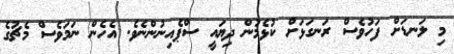
މި ލަނޑަށް ފަހުވެސް ރަނގަޅަށް ކުޅެމުން ދިޔައީ ސްޕެއިނުންނެވެ. އެހެން ނަމަވެސް މެޗުގެ